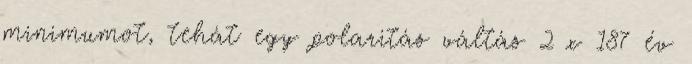
minimumot, tehát egy polaritás váltás 2 x 187 év